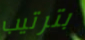
بترتيب